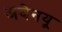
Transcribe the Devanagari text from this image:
अवेनयू